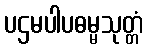
ပဌမပါပဓမ္မသုတ္တံ